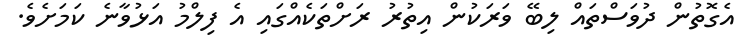
އެގޮތުން ދުވަސްތައް ލިބޭ ވަރަކުން އިތުރު ރަށްތަކެއްގައި އެ ފިލްމު އަޅުވާނެ ކަމަށެވެ.